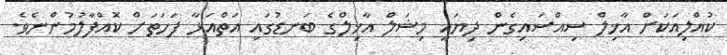
ކުއްލިއަކަށް އާޚިލް ސިއްސައިގެން ދިޔައީ މިޝަލް އާޚިލްގެ ބަނޑުގައި އަތްއަޅާ ފަހަތަށް ކޮއްފާލުމުންނެވެ.